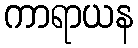
ကာရာယန